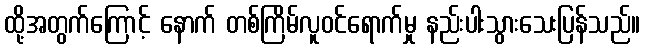
ထို့အတွက်ကြောင့် နောက် တစ်ကြိမ်လူဝင်ရောက်မှု နည်းပါးသွားသေးပြန်သည်။